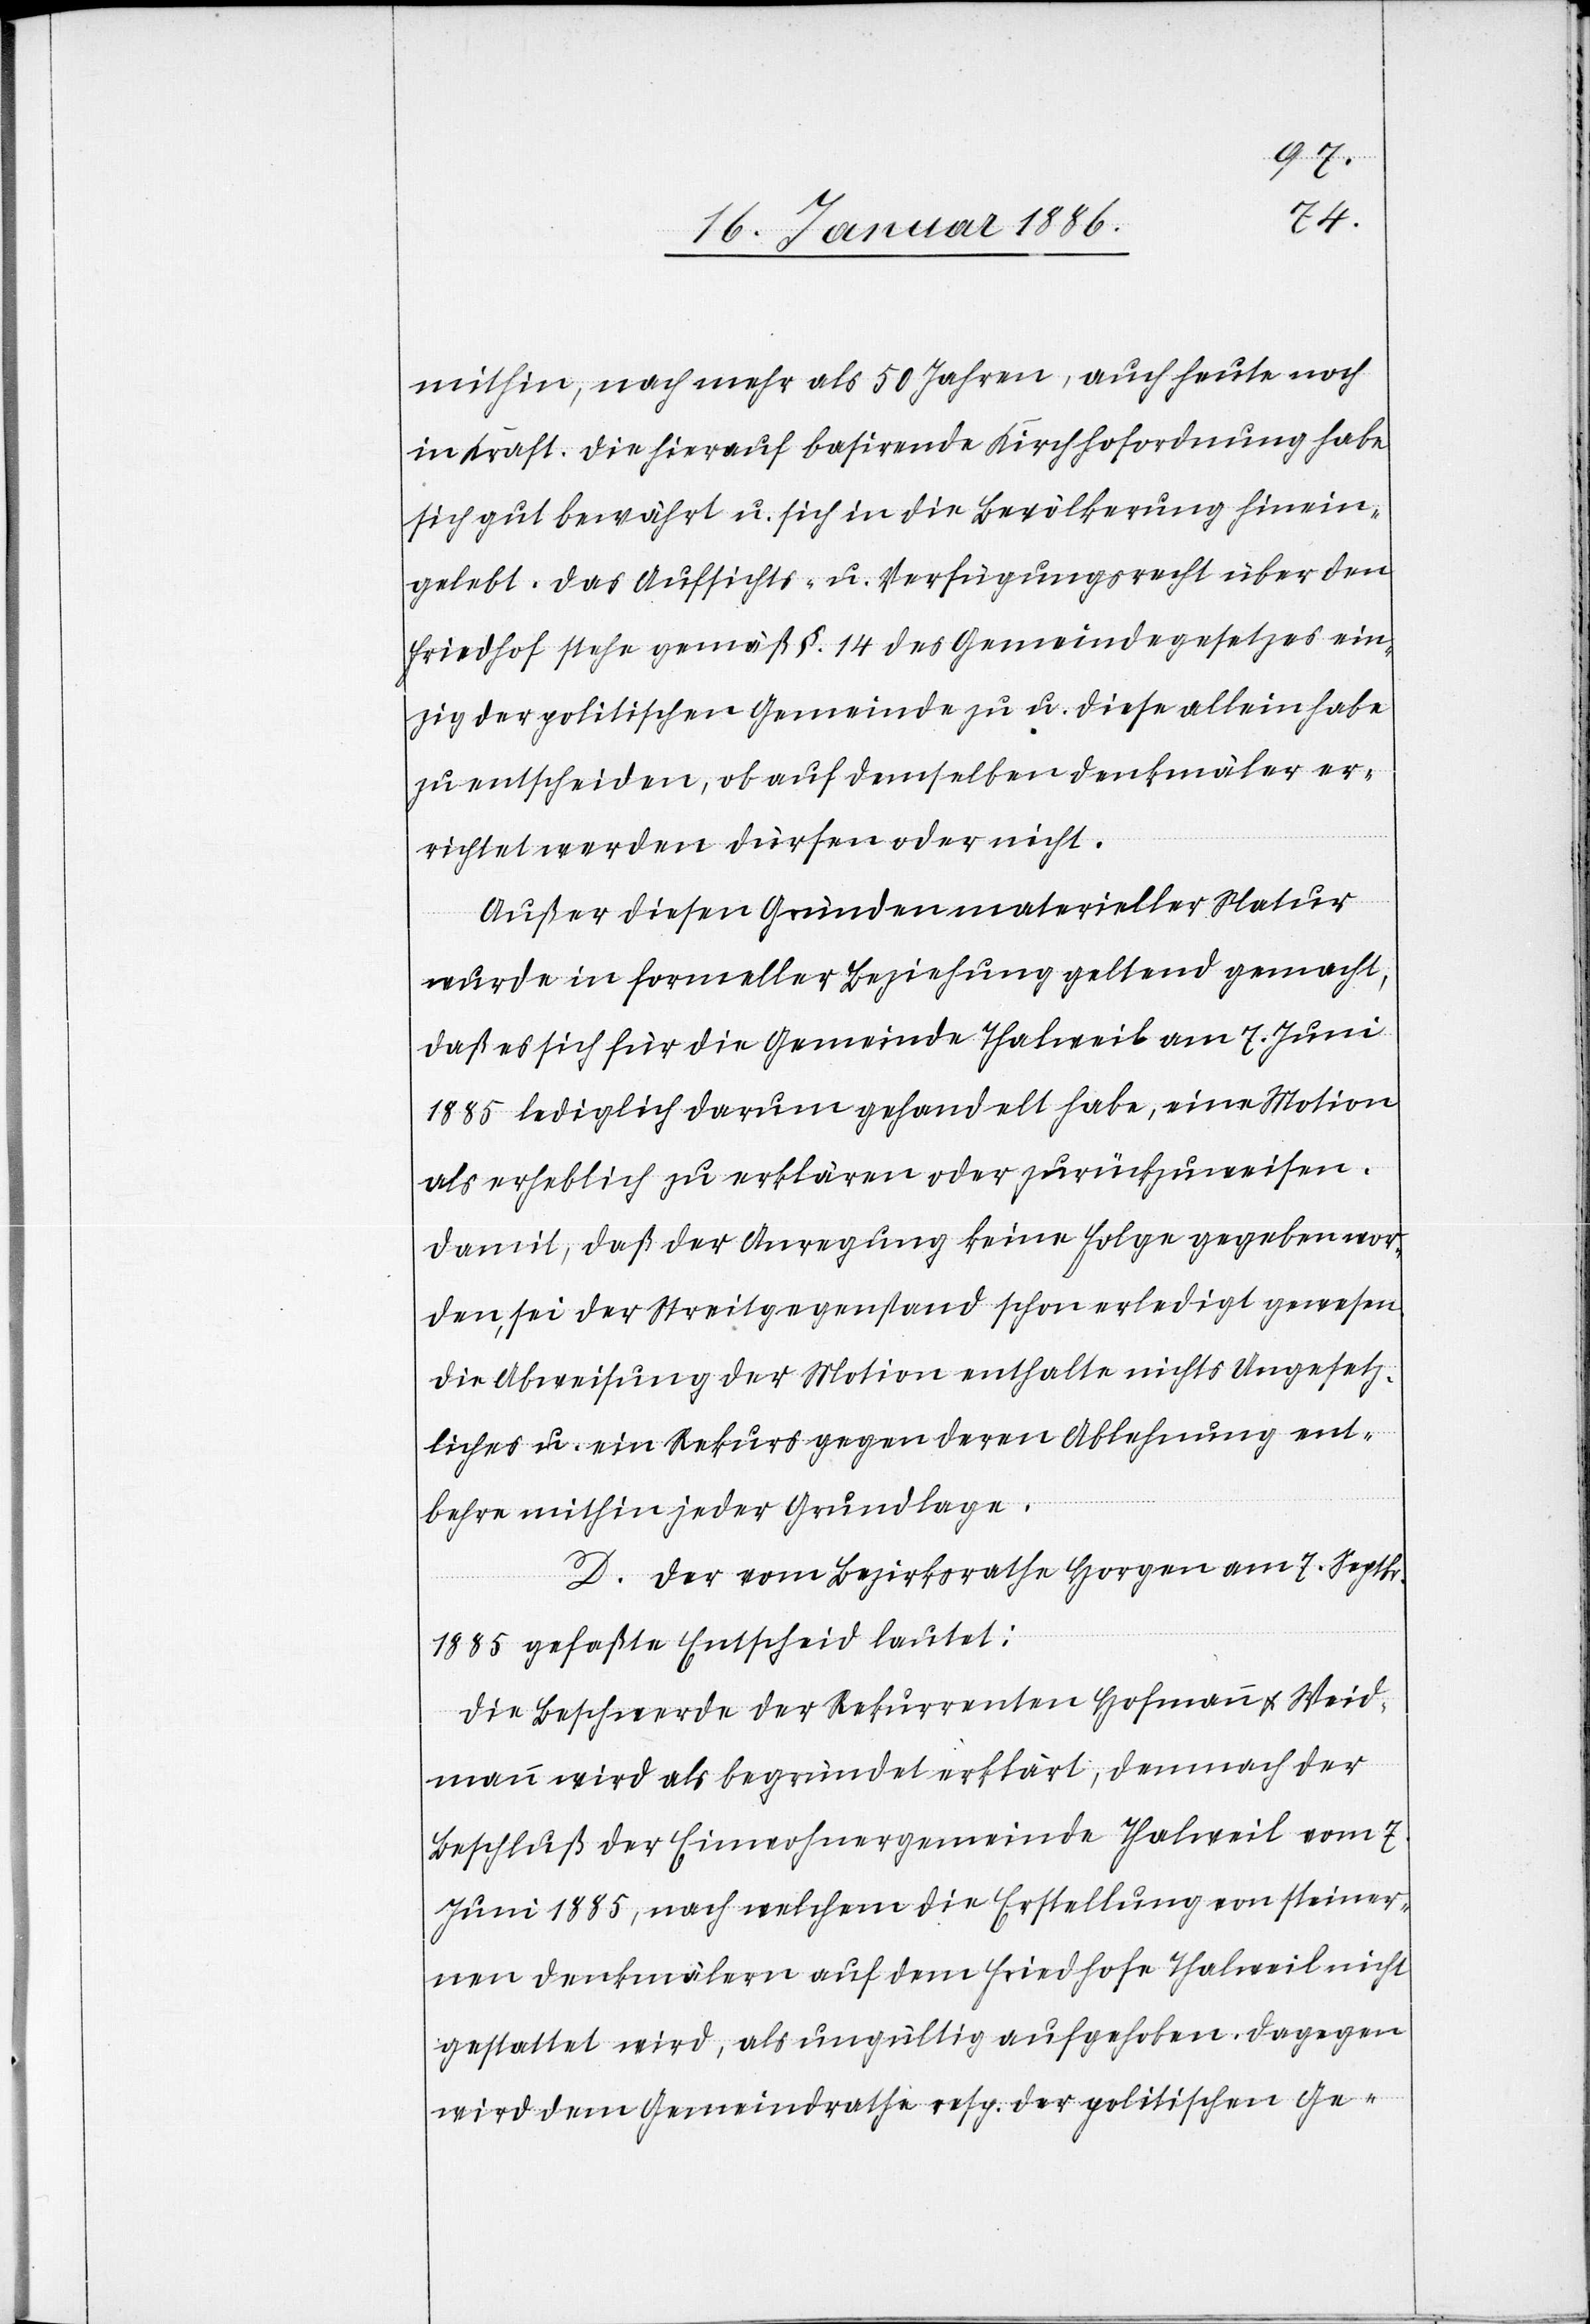
mithin, nach mehr als 50 Jahren, auch heute noch
in Kraft. Die hiernach basirende Kirchordnung habe
sich gut bewährt u. sich in die Bevölkerung hinein¬
gelebt. Das Aufsichts- u. Verfügungsrecht über den
Friedhof stehe gemäß §. 14 des Gemeindegesetzes ein¬
zig der politischen Gemeinde zu u. diese allein habe
zu entscheiden, ob auf demselben Denkmäler er¬
richtet werden dürfen oder nicht.
Außer diesen Gründen materieller Natur
wurde in formeller Beziehung gelten gemacht,
daß es sich für die Gemeinde Thalweil am 7., Juni
1885 lediglich darum gehandelt habe, eine Motion
als erheblich zu erklären oder zurückzuweisen.
Damit, daß der Anregung keine Folge gegeben wor¬
den, sei der Streitgegenstand schon erledigt gewesen.
Die Abweisung der Motion enthalte nichts Ungesetz¬
liches u. ein Rekurs gegen deren Ablehnung ent¬
behre mithin jeder Grundlage.
D. Der vom Bezirksrathe Horgen am 7. Septbr.
1885 gefaßte Entscheid lautet:
Die Beschwerde der Rekurrenten Hofmann & Weid¬
mann wird als begründet erklärt; demnach der
Beschluß der Einwohnergemeinde Thalweil vom 7.
Juni 1885, nach welchem die Erstellung von steiner¬
nen Denkmälern auf dem Friedhofe Thalweil nicht
gestattet wird, als ungültig aufgehoben. Dagegen
wird dem Gemeindrathe resp. der politischen Ge-